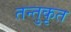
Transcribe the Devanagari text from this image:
तन्तुकृत